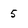
Character: 5